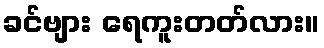
ခင်ဗျား ရေကူးတတ်လား။